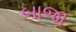
બાજા